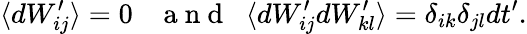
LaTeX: \langle dW_{ij}^{\prime}\rangle=0\; \; \; \mathrm{~a~n~d~}\; \; \langle dW_{ij}^{\prime}dW_{kl}^{\prime}\rangle=\delta_{ik}\delta_{jl}dt^{\prime}.